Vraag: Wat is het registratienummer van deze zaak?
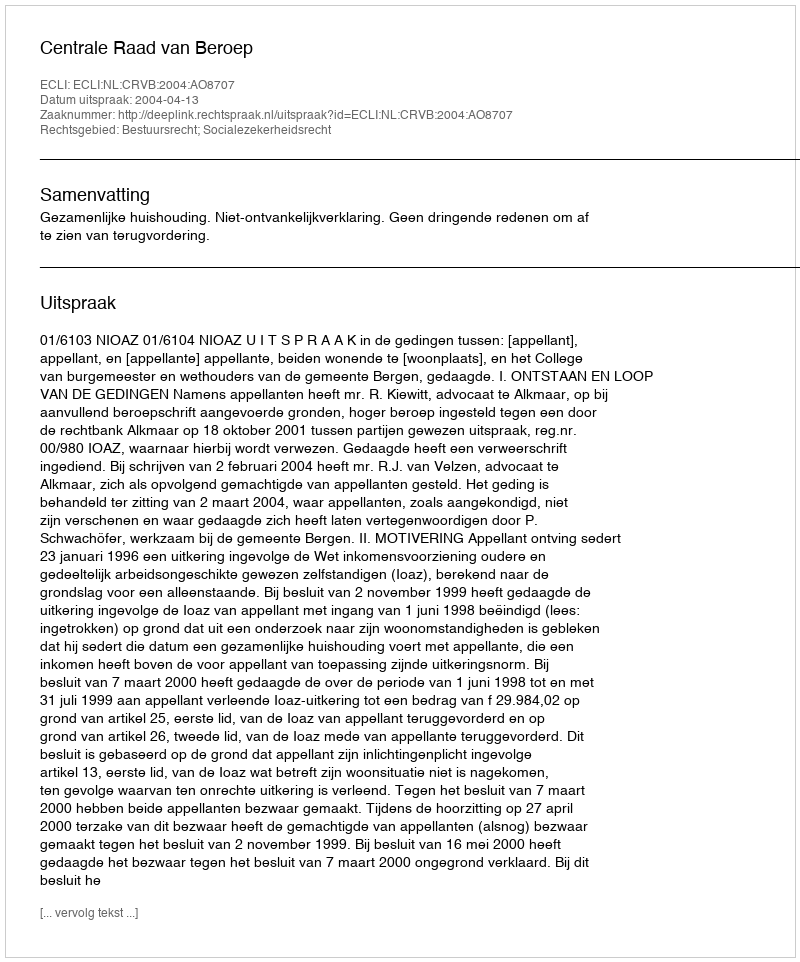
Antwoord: http://deeplink.rechtspraak.nl/uitspraak?id=ECLI:NL:CRVB:2004:AO8707